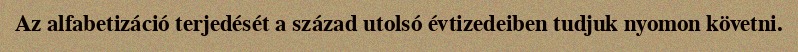
Az alfabetizáció terjedését a század utolsó évtizedeiben tudjuk nyomon követni.